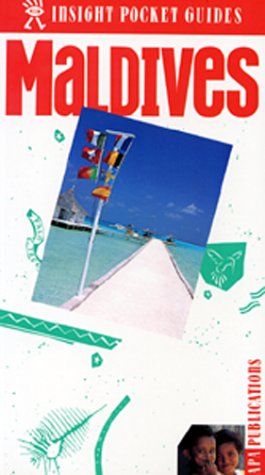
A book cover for Insight Pocket Guide Maldives (Insight Pocket Guides Maldives); Insight Guides; Travel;